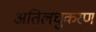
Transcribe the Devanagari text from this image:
अतिलघुकरण